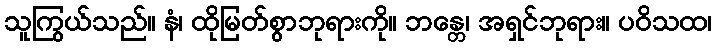
သူကြွယ်သည်။ နံ၊ ထိုမြတ်စွာဘုရားကို။ ဘန္တေ၊ အရှင်ဘုရား။ ပဝိသထ၊